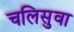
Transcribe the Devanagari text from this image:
चलिसुवा